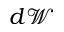
d \mathscr { W }